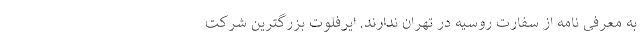
به معرفی نامه از سفارت روسیه در تهران ندارند. ایرفلوت بزرگترین شرکت